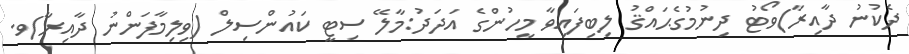
ދެކުނު ދާއިރާ)ވޯޓު ދިނުމުގެޙައްޤު ލިބިފައިވާ މީހުންގެ އަދަދު:މާލޭ ސިޓީ ކައުންސިލް (ވިލިމާފަންނު ދާއިރާ)ވ.